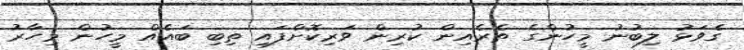
ގެވަޅު ލިބުނު މީހުންގެ ތެރެއިން ކުރިން ވަރިކޮށްފައި ތިބި ބައެއް މީހުން މިހާރު